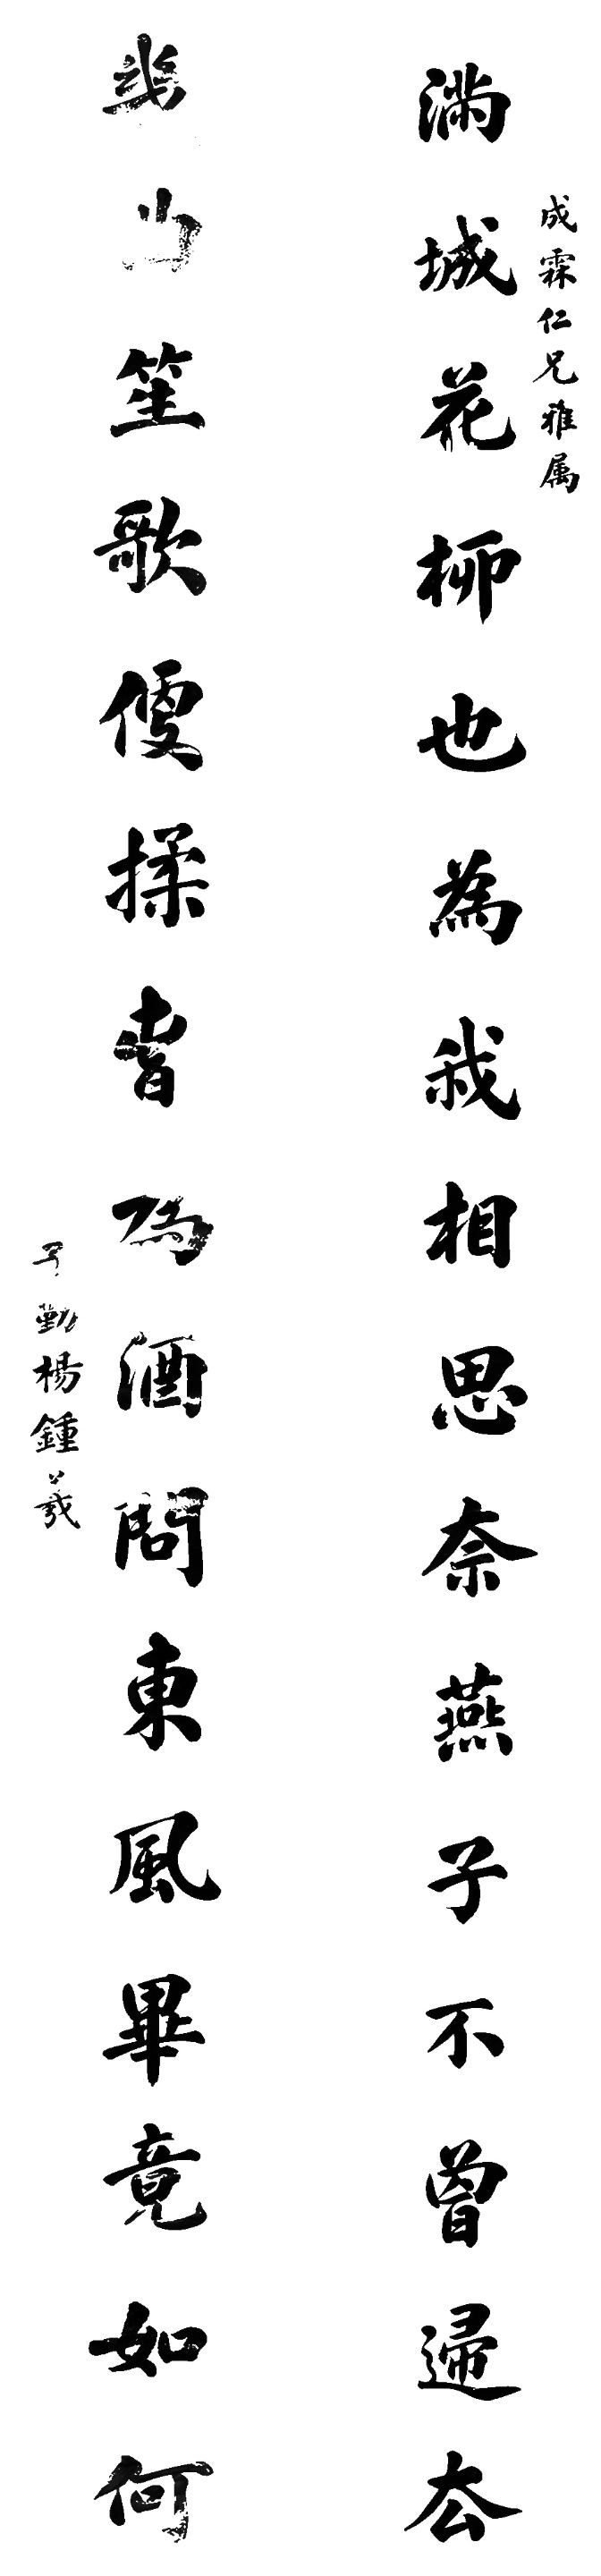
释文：满城花柳也为我相思奈何燕子不曾归去，几曲笙歌便揉春为酒问东风毕竟如何。成霖仁兄雅属，子勤杨钟义。